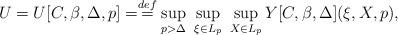
LaTeX: \begin{align*} U = U[C, \beta,\Delta,p] = \stackrel{def}{=} \sup_{p > \Delta} \ \sup_{\xi \in L_p} \ \sup_{X \in L_p} Y[C,\beta, \Delta](\xi, X,p),\end{align*}